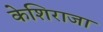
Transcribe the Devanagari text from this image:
केशिराजा